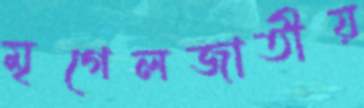
মৃগেলজাতীয়